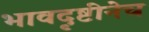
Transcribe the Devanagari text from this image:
भावदृष्टीनेच